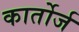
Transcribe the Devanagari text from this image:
कार्तोर्ज